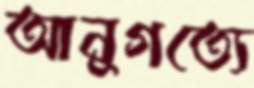
আনুগত্যে